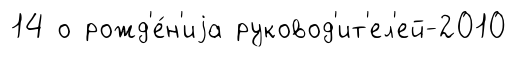
14 о рожд'е́н'иjа руковод'ит'ел'ей-2010